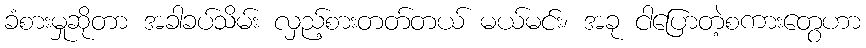
ခံစားမှုဆိုတာ အခါခပ်သိမ်း လှည့်စားတတ်တယ် မယ်မင်း၊ အခု ငါပြောတဲ့စကားတွေဟာ